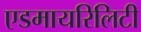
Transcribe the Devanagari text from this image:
एडमायरिलिटी